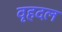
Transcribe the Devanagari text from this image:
वृहदल